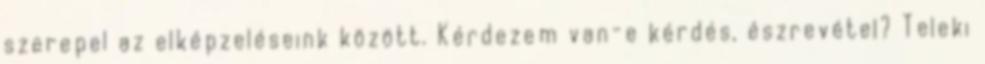
szerepel az elképzeléseink között. Kérdezem van-e kérdés, észrevétel? Teleki